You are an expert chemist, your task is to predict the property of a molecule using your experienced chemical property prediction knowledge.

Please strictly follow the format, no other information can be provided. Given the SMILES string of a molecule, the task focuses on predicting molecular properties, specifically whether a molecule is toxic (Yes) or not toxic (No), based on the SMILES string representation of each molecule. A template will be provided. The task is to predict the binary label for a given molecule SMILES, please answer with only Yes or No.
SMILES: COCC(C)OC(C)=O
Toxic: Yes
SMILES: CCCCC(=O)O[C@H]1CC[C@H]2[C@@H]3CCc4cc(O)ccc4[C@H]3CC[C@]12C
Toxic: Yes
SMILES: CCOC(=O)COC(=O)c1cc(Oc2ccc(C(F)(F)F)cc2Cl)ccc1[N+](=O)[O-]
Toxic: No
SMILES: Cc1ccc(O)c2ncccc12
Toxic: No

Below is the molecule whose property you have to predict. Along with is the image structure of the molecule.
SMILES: CC[S+](C)CC.O=S(=O)([N-]S(=O)(=O)C(F)(F)F)C(F)(F)F
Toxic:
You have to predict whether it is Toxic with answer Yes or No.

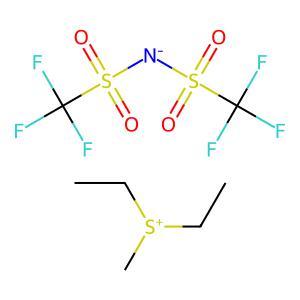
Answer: No